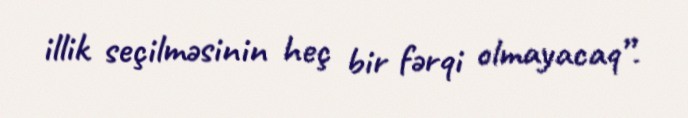
illik seçilməsinin heç bir fərqi olmayacaq”.